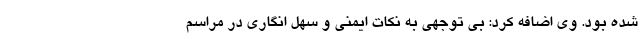
شده بود. وی اضافه کرد: بی توجهی به نکات ایمنی و سهل انگاری در مراسم